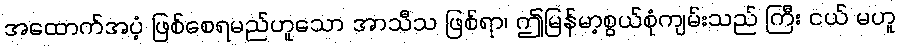
အထောက်အပံ့ ဖြစ်စေရမည်ဟူသော အာသီသ ဖြစ်ရာ၊ ဤမြန်မာ့စွယ်စုံကျမ်းသည် ကြီး ငယ် မဟူ